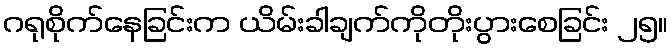
ဂရုစိုက်နေခြင်းက ယိမ်းခါချက်ကိုတိုးပွားစေခြင်း ၂၅။